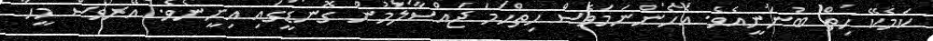
ކަމެކޭ ހިތް ބުނަނީއެވެެ. އެހެންނަމަވެސް ހިތްހަމަ ޖައްސާލަމުން ގޮނޑީގައި އިށީނެވެ. އޭރުވެސް މީހާ